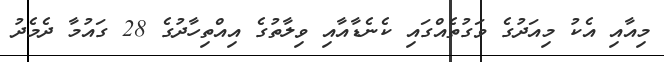
މިއާއި އެކު މިއަދުގެ ވަގުތެއްގައި ކެނެޑާއާއި ވިލާތުގެ އިއްތިހާދުގެ 28 ގައުމާ ދެމެދު